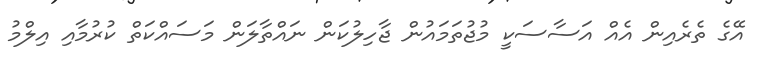
އޭގެ ތެރެއިން އެއް އަސާސަކީ މުޖުތަމައުން ޖާހިލުކަން ނައްތާލަން މަސައްކަތް ކުރުމާއި އިލްމު